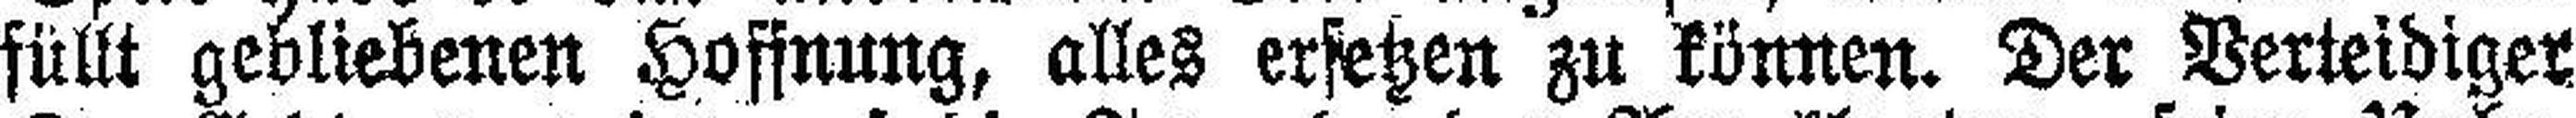
füllt gebliebenen Hoffnung, alles ersetzen zu könne. Der Verteidiger